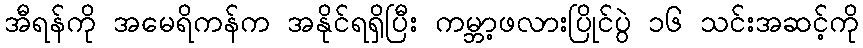
အီရန်ကို အမေရိကန်က အနိုင်ရရှိပြီး ကမ္ဘာ့ဖလားပြိုင်ပွဲ ၁၆ သင်းအဆင့်ကို